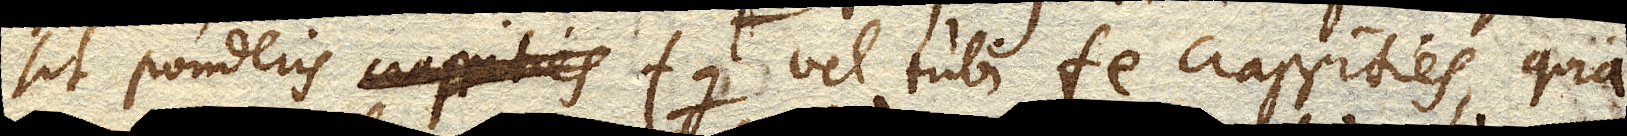
sit ponderis fg vel tubi fe crassities, quia